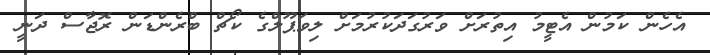
އެހެން ކަމުން އެޓީމު އިތުރަށް ވަރުގަދަކުރުމަށް ލިވަޕޫލްގެ ކޯޗް ބްރެންޑަން ރޮޖާސް ދަނީ